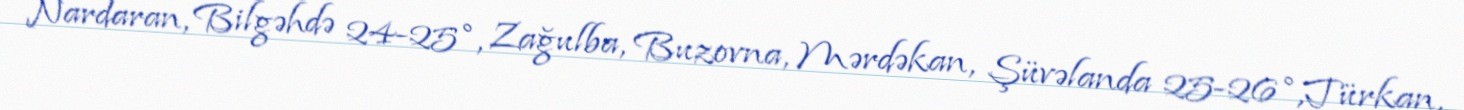
Nardaran, Bilgəhdə 24-25°, Zağulba, Buzovna, Mərdəkan, Şüvəlanda 25-26°,Türkan,